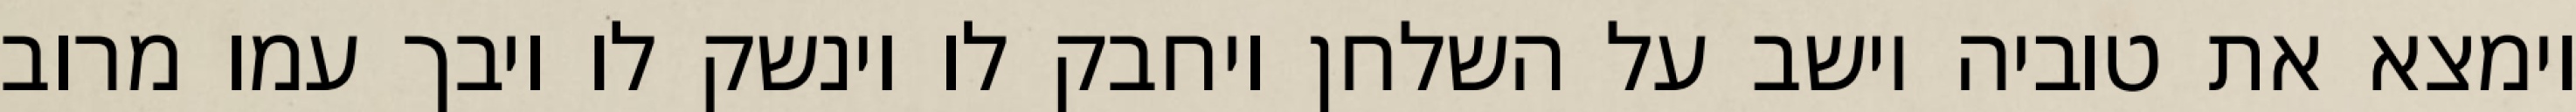
וימצא את טוביה יושב על השלחן ויחבק לו וינשק לו ויבך עמו מרוב